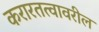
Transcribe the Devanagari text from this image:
करारतत्वावरील